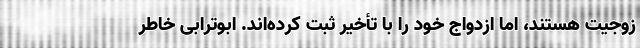
زوجیت هستند، اما ازدواج خود را با تأخیر ثبت کرده‌اند. ابوترابی خاطر